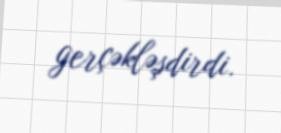
gerçəkləşdirdi.